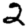
Digit: 2